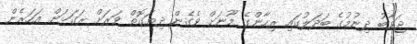
ޖަވާބު ދިނުމުގެ ބަދަލުގައި ރިހާންގެ މޫނަށް ވެގެން ދިޔަގޮތް ވަރަށް ރަގަޅަށް އަހަރެން